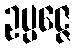
ဥပ္ပဇ္ဇေ